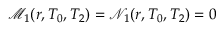
\mathscr { M } _ { 1 } ( r , T _ { 0 } , T _ { 2 } ) = \mathscr { N } _ { 1 } ( r , T _ { 0 } , T _ { 2 } ) = 0